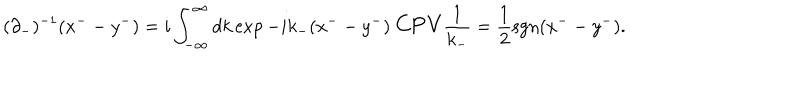
( \partial _ { - } ) ^ { - 1 } ( x ^ { - } - y ^ { - } ) = i \int _ { - \infty } ^ { \infty } d k \exp { - i k _ { - } ( x ^ { - } - y ^ { - } ) } \ \mathrm { \large C P V } \frac { 1 } { k _ { - } } = \frac 1 2 \mathrm { s g n } ( x ^ { - } - y ^ { - } ) .